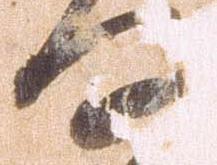
何